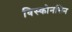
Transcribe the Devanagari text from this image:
विस्कोनसिन